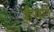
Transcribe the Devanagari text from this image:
शीपडोग